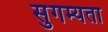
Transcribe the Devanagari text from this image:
सुगम्यता